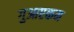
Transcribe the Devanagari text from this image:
गुआएकम